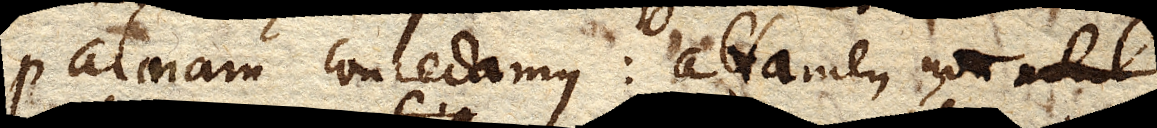
palmam concedamus: attamen non nihil